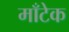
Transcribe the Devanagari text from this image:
माँटेक